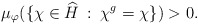
\begin{align*} \mu_\varphi(\{\chi \in \widehat{H} \: : \: \chi^g = \chi\}) > 0. \end{align*}